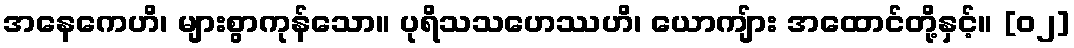
အနေကေဟိ၊ များစွာကုန်သော။ ပုရိသသဟေဿဟိ၊ ယောကျ်ား အထောင်တို့နှင့်။ [၀၂]